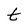
Character: t